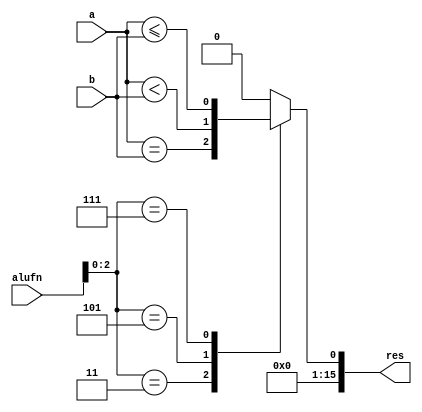
/*
   This file was generated automatically by Alchitry Labs version 1.2.7.
   Do not edit this file directly. Instead edit the original Lucid source.
   This is a temporary file and any changes made to it will be destroyed.
*/

module comparator_18 (
    input [15:0] a,
    input [15:0] b,
    input [5:0] alufn,
    output reg [15:0] res
  );
  
  
  
  reg [2:0] compare_code;
  
  always @* begin
    res = 1'h0;
    compare_code = alufn[0+2-:3];
    
    case (compare_code)
      3'h3: begin
        res = a == b;
      end
      3'h5: begin
        res = a < b;
      end
      3'h7: begin
        res = a <= b;
      end
    endcase
  end
endmodule